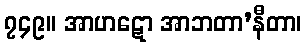
၇၄၉။ အာဟဋော အာဘတာ’နီတာ၊